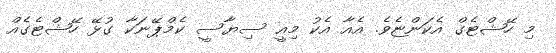
މި ހޭޝްޓެގް އެކަންޏެވެ. އެއާ އެކު މިއީ ސިޔާސީ ކެމްޕޭނަކާ ގުޅޭ ހޭޝްޓެގެއް